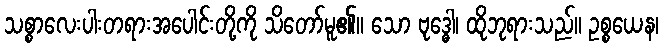
သစ္စာလေးပါးတရားအပေါင်းတို့ကို သိတော်မူ၏။ သော ဗုဒ္ဓေါ၊ ထိုဘုရားသည်။ ဥစ္စယေန၊